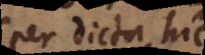
(per dicta hic).